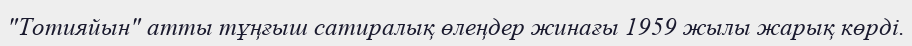
"Тотияйын" атты тұңғыш сатиралық өлеңдер жинағы 1959 жылы жарық көрді.